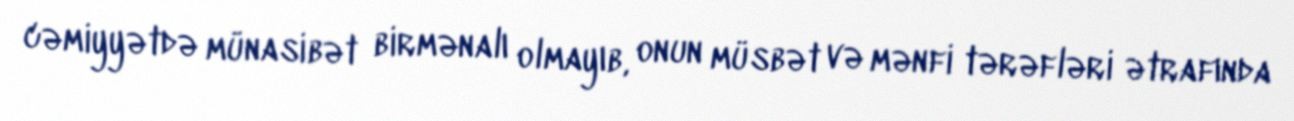
cəmiyyətdə münasibət birmənalı olmayıb, onun müsbət və mənfi tərəfləri ətrafında